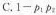
C.$$1 - p _ { 1 } p _ { 2 }$$